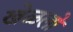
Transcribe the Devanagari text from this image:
खेळलो